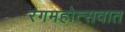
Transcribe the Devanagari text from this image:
रंगमहोत्सवात